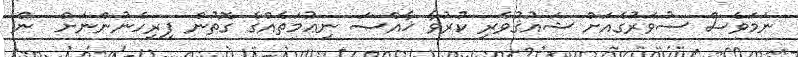
ނަމަވެސް ސުވަރުގެއަށް ޝައުޤުވެރި ކުރުވާ ޚާއްޞަ ނިޢުމަތެއްގެ ގޮތުން ފިރިހެނުންނަށް  ން